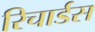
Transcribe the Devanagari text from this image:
रिचार्डस